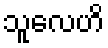
သူလေဟိ